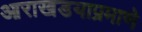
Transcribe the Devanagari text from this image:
आराखडयाप्रमाणे